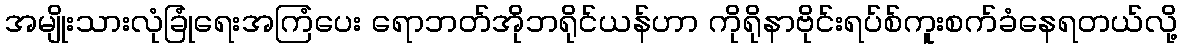
အမျိုးသားလုံခြုံရေးအကြံပေး ရောဘတ်အိုဘရိုင်ယန်ဟာ ကိုရိုနာဗိုင်းရပ်စ်ကူးစက်ခံနေရတယ်လို့